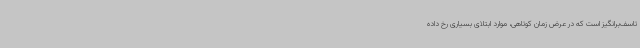
تاسف‌برانگیز است که در عرض زمان کوتاهی، موارد ابتلای بسیاری رخ داده